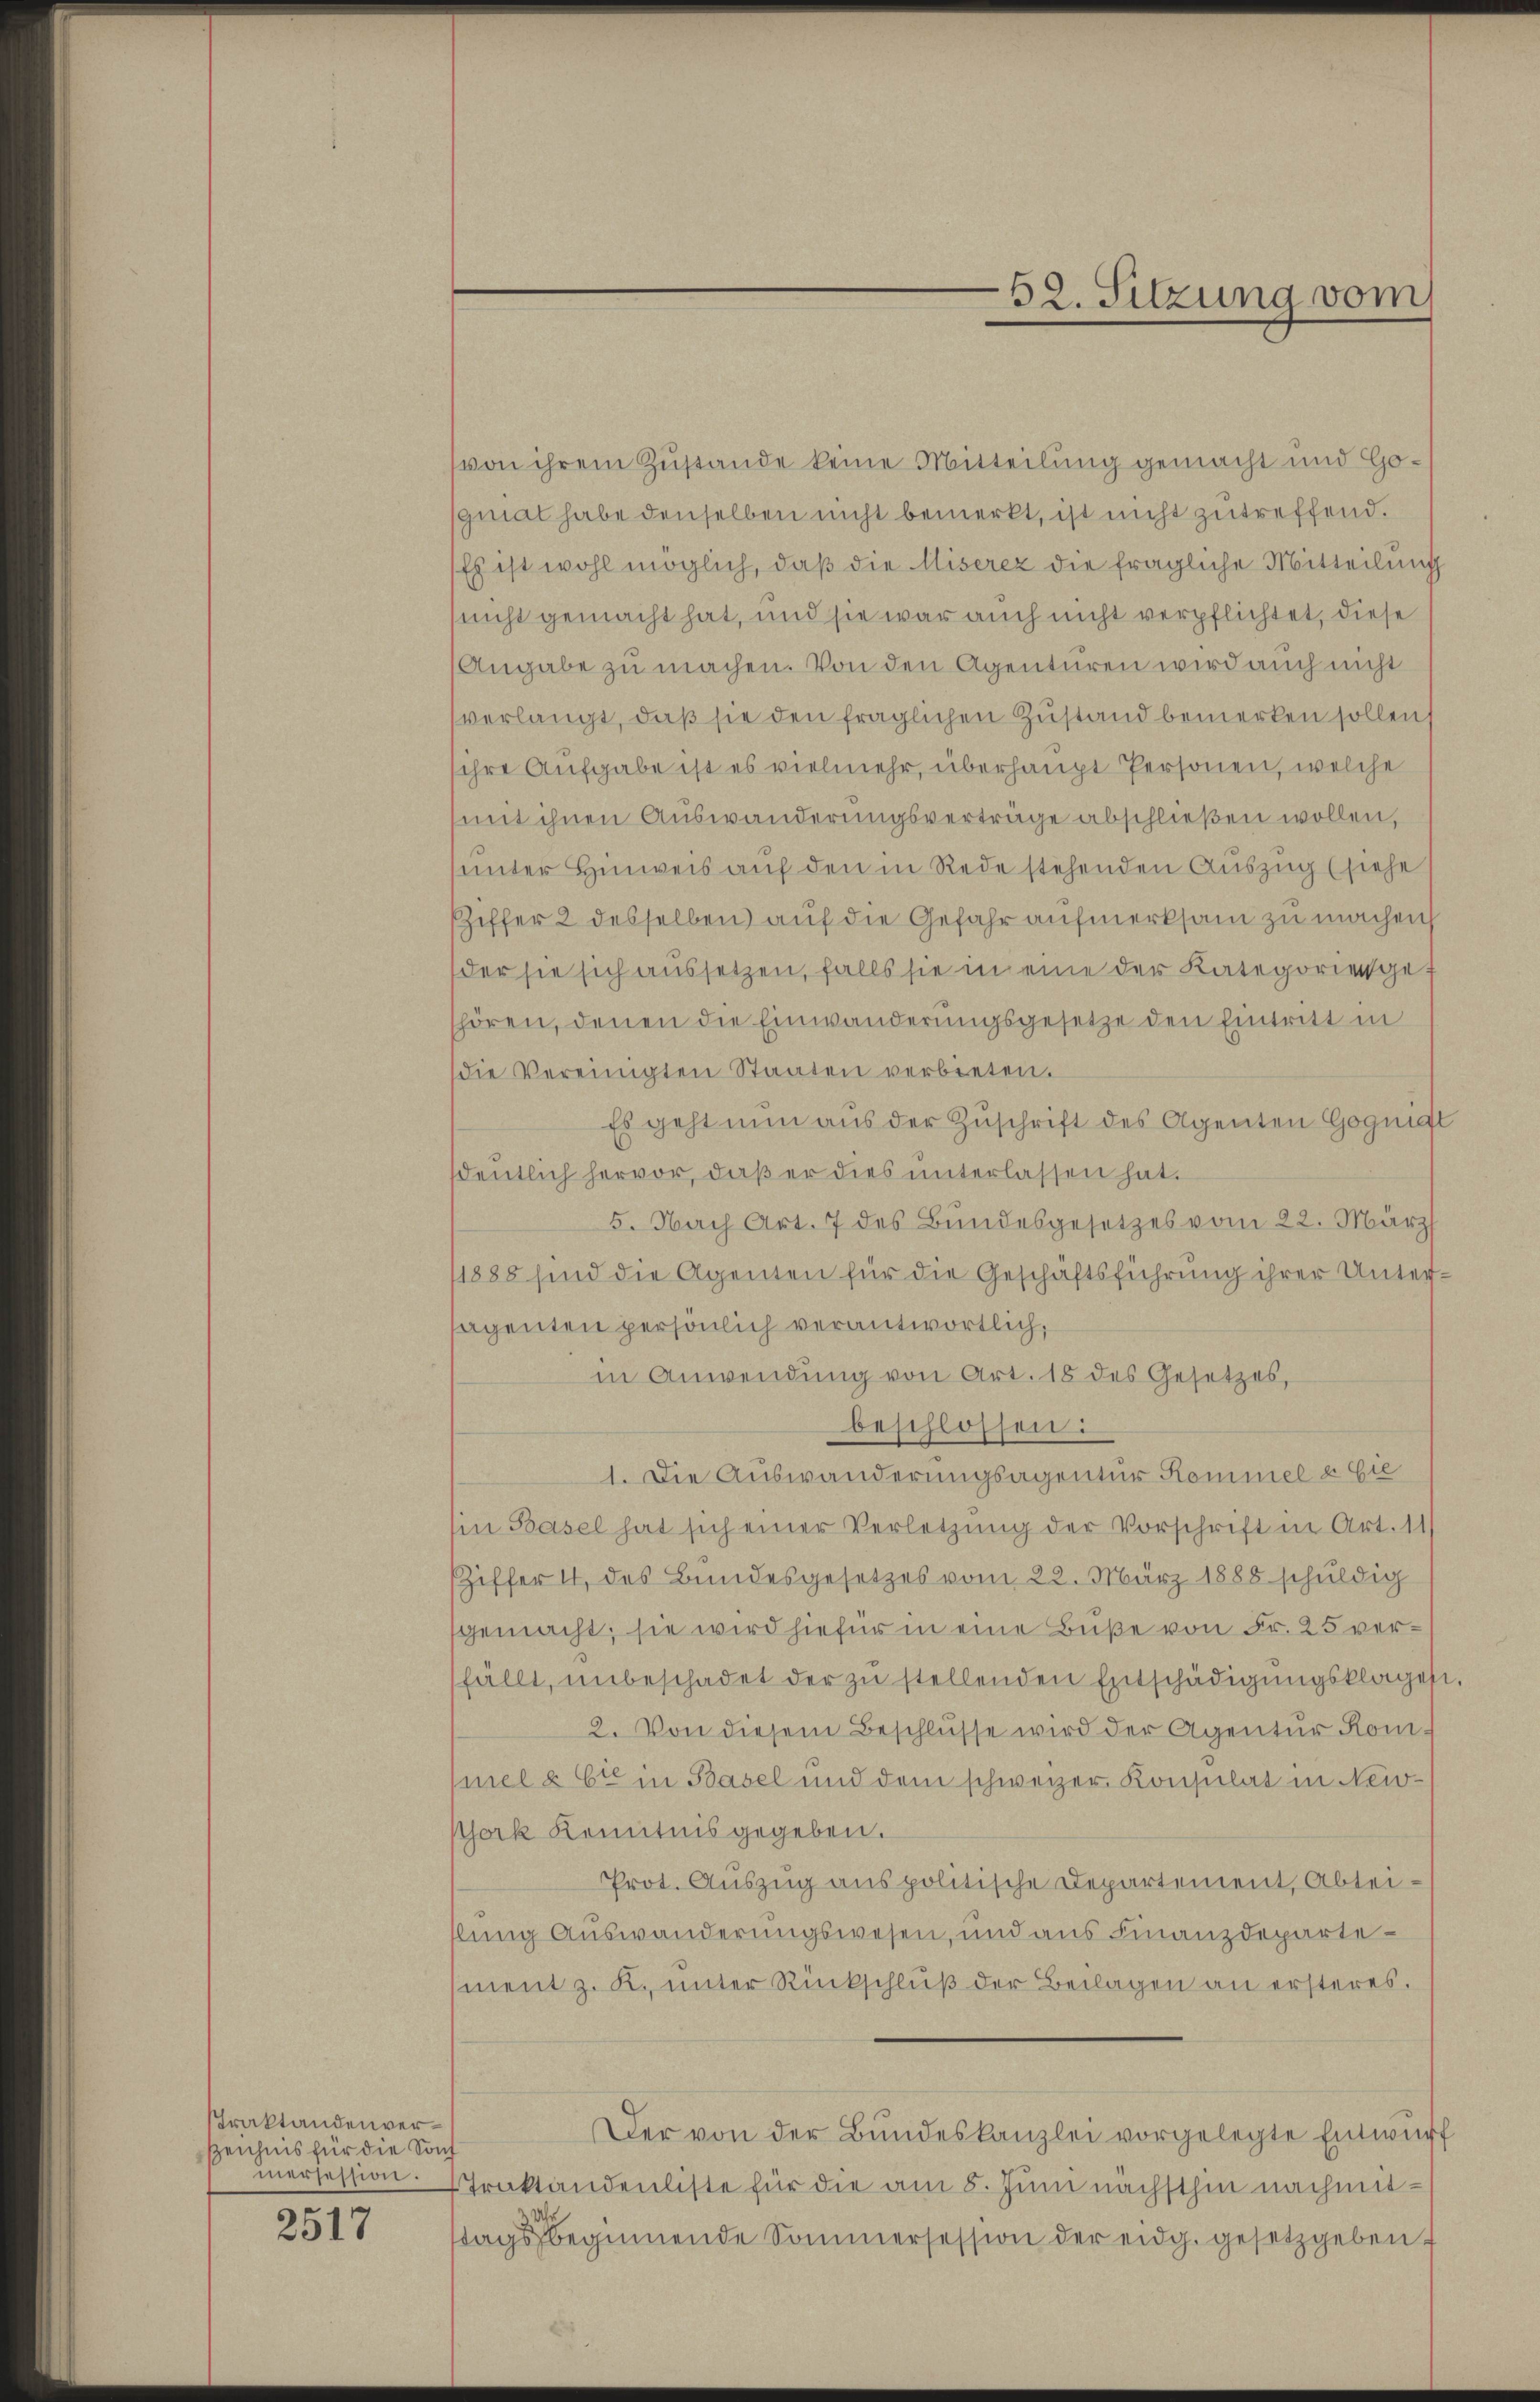
Praktanden ver¬
Zeichnis für die Souf
mersession.

2517

52. Sitzung vom

von ihrem Zustande keine Mitteilung gemacht und Go¬
(giat habe denselben nicht bemerkt, ist nicht zutreffend.
Es ist wohl möglich, daß die Miserez die fragliche Mitteilung
(nicht gemacht hat, und sie war auch nicht verpflichtet, diese
Angabe zu machen. Von den Agenturen wird auch nicht
verlangt, daß sie den fraglichen Zustand bemerken sollen s
ihre Aufgabe ist es vielmehr, überhaupt Personen, welche
mit ihnen Auswanderungsverträge abschließen wollen,
unter Hinweis auf den in Rede stehenden Auszug (siehe
Ziffer 2 desselben auf die Gefahr aufmerksam zu machen,
der sie sich aussetzen, falls sie in eine der Kategorienge f
shören, denen die Einwanderungsgesetze den Eintritt in
die Vereinigten Staaten verbreten.
Es geht nun aus der Zuschrift des Agenten Gognit
dentlich hervor, daß er dies unterlassen hat.
5. Nach Art. 7 des Bundesgesetzes vom 22. März
11888 sind die Agenten für die Geschäftsführung ihrer Unteragenten persönlich verantwortlich,
in Anwendung von Art. 18 des Gesetzes,
beschlossen:
1. Die Auswanderungsagentur Kommel u. Sie
Ein Basel hat sich einer Verletzung der Vorschrift in Art. 11/
Ziffer 4 des Bundesgesetzes vom 22. März 1888 schuldig
gemacht; sie wird hiefür in eine Buße von Fr. 25 verfällt, unbeschadet der zu stellenden Entschädigungsklagen
2. Von diesem Beschlüsse wird der Agentur Kom-
mel & Cie in Basel und dem schweizer Konsulat in New-
Pork Kenntnis gegeben.
Prot. Auszug aus politische Departement, Abtei-
llung Auswanderungswesen, und aus Finanzdepartement z. K. unter Rückschlŭβ der Beilagen an ersteres.
Der von der Bŭndeskanzlei vorgelegte Entwŭrf
Traktandenliste für die am 8. Juni nächsthin nachmittags beginnende Sommersession der eidg. gesetzgeben